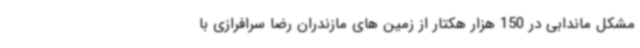
مشکل ماندابی در 150 هزار هکتار از زمین های مازندران رضا سرافرازی با